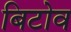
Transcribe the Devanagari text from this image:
बिटोव